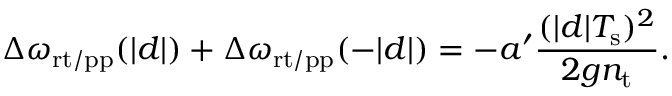
\Delta \omega _ { \mathrm { r t / p p } } ( | d | ) + \Delta \omega _ { \mathrm { r t / p p } } ( - | d | ) = - a ^ { \prime } \frac { ( | d | T _ { \mathrm { s } } ) ^ { 2 } } { 2 g n _ { \mathrm { t } } } .